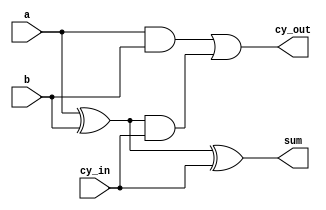
`timescale 1ns / 1ps
//////////////////////////////////////////////////////////////////////////////////
// Company: 
// Engineer: 
// 
// Design Name: 
// Module Name:    single_bit_full_adder 
// Project Name: 
// Target Devices: 
// Tool versions: 
// Description: 
//
// Dependencies: 
//
// Revision: 
// Revision 0.01 - File Created
// Additional Comments: 
//
//////////////////////////////////////////////////////////////////////////////////
module single_bit_full_adder(
    input a,
    input b,
    input cy_in,
    output sum,
    output cy_out
    );
	 assign sum = a^b^cy_in;
	 assign cy_out = ( a&b ) | ( ( a^b )&cy_in ) ;
endmodule